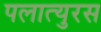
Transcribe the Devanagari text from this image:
पलात्युरस